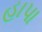
હાપા